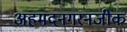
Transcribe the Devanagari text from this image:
अहमदनगरनजीक